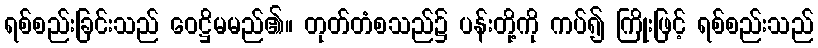
ရစ်စည်းခြင်းသည် ဝေဋ္ဌိမမည်၏။ တုတ်တံစသည်၌ ပန်းတို့ကို ကပ်၍ ကြိုးဖြင့် ရစ်စည်းသည်